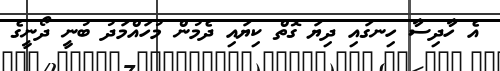
އެ ހާދިސާ ހިނގައި ދިޔަ ގޮތް ކިޔައި ދެމުން މުހައްމަދު ބުނީ ދޯނީގެ